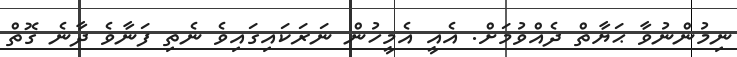
ނިމުންނުވާ ޙަޔާތް ދެއްވުމަށް. އެއީ އެމީހުން ނަރަކައިގައިވެ ނެތި ފަނާވެ ދާނެ ގޮތް